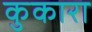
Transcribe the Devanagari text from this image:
कुकारा